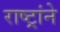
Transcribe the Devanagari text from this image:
राष्ट्रांने